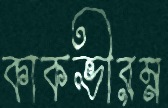
কাকভীরম্ন